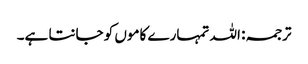
ترجمہ: اللہ تمہارے کاموں کو جانتا ہے۔